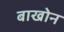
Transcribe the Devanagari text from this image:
बाखोन